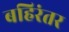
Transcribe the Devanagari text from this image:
बहिरंतर